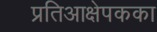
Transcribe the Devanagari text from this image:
प्रतिआक्षेपकका